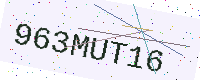
Text: 963MUT16